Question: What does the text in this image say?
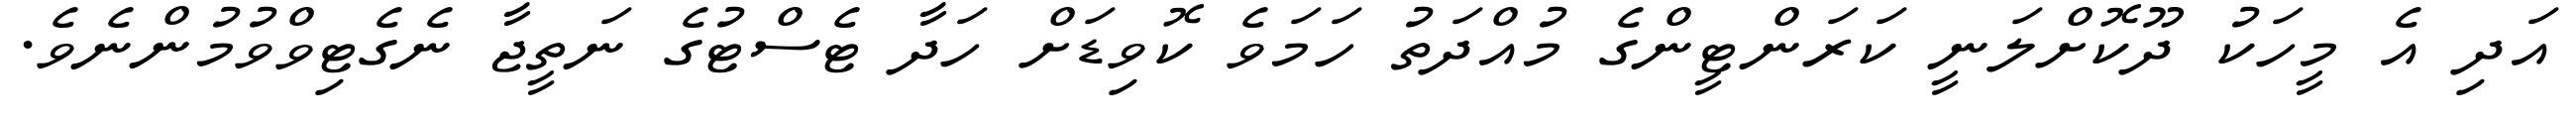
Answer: އަދި އެ މީހަކު ދޫކޮށްލަނީ ކަރަންޓީންގެ މުއްދަތު ހަމަވެ ކޮވިޑަށް ހަދާ ޓެސްޓުގެ ނަތީޖާ ނެގެޓިވްވުމުންނެވެ.